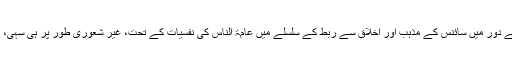
راقم کی رائے میں آج کے دور میں سائنس کے مذہب اور اخلاق سے ربط کے سلسلے میں عامۃ الناس کی نفسیات کے تحت، غیر شعوری طور پر ہی سہی، بہت کچھ کام جاری ہے۔